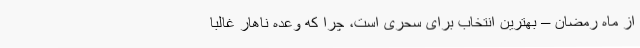
از ماه رمضان – بهترین انتخاب برای سحری است، چرا که وعده ناهار غالبا